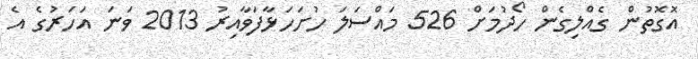
އޮގޮތުން ގެއްލިގެން ހޯދުމަށް 526 މައްސަލަ ހުށަހަަޅާފަވާއިރު 2013 ވަނަ އަހަރުގެ އެ